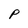
Character: P